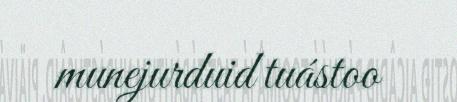
munejurduid tuástoo